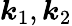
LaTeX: \boldsymbol{k}_{1},\boldsymbol{k}_{2}